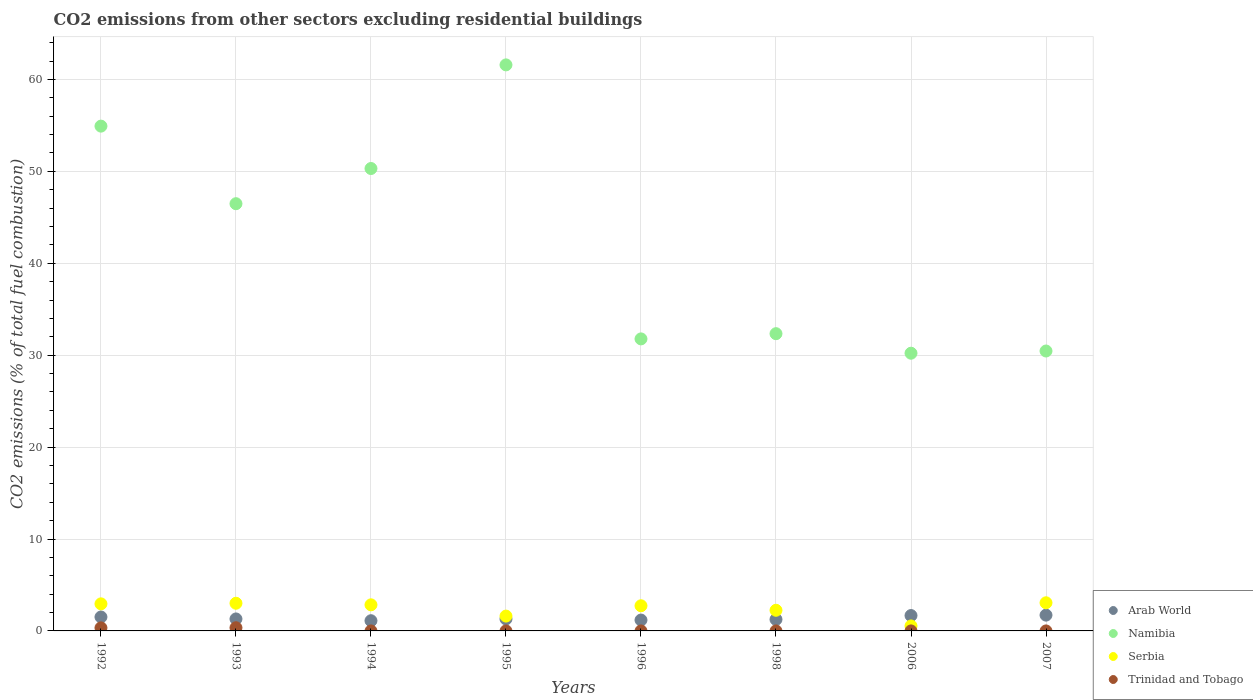
| Years | Arab World | Namibia | Serbia | Trinidad and Tobago |
 | --- | --- | --- | --- | --- |
 | 1992 | 1.52 | 54.9 | 2.94 | 0.334 |
 | 1993 | 1.3 | 46.5 | 3.01 | 0.346 |
 | 1994 | 1.11 | 50.3 | 2.84 | -1.14e-16 |
 | 1995 | 1.3 | 61.6 | 1.61 | -1.13e-16 |
 | 1996 | 1.18 | 31.8 | 2.74 | -9.95e-17 |
 | 1998 | 1.25 | 32.3 | 2.25 | -8.4e-17 |
 | 2006 | 1.67 | 30.2 | 0.543 | 5.06e-17 |
 | 2007 | 1.72 | 30.5 | 3.06 | 4.75e-17 |